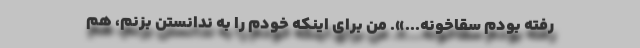
رفته بودم سقا‌خونه...». من برای اینكه خودم را به ندانستن بزنم، هم